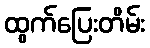
ထွက်ပြေးတိမ်း